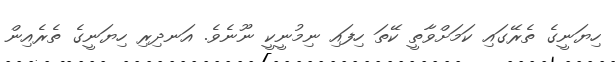
ހިޔަނީގެ ތެރޭގައި ކަމަށްވާތީ ކޭތަ ހިފައި ނިމުނީކީ ނޫނެވެ. އަނދިރި ހިޔަނީގެ ތެރެއިން